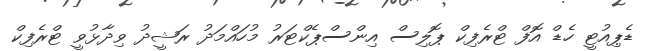
ޑެޕިއުޓީ ހެޑް އޮފް ޓްރެފިކް ޕޮލިސް އިންސްޕެކްޓަރު މުހައްމަދު ރަޝީދު ވިދާޅުވީ ޓްރެފިކް